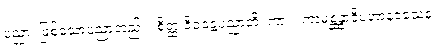
ပညာ၊ ဖြစ်သောပညာတည်း။ စိတ္ထ ဝိဝဋ္ဋေပညာတိ၊ ကား။ ကာမစ္ဆန္ဒာဒိပဟာနဝသေန၊